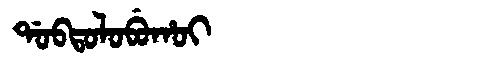
Manchu: ᡩᠣᠪᡨᠣᠯᠣᠪᡠᡥᠣᡳ
Romanization: DOBTOLOBUHOI